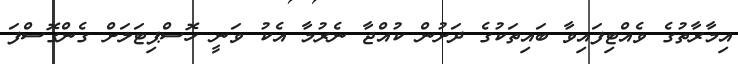
އިމާރާތުގެ ވެއްޓިފައިވާ ބައިތަކުގެ ދަށުން ކުއްޖާ ނެރުމާ އެކު ވަނީ ހޮސްޕިޓަލަށް ގެންގޮސްފަ